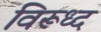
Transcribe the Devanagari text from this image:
विरूध्‍द